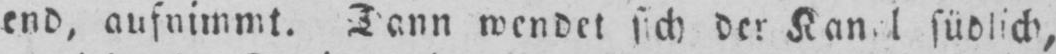
südlich,